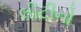
લીટીનો